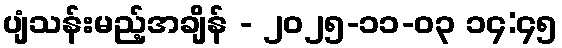
ပျံသန်းမည့်အချိန် - ၂၀၂၅-၁၁-၀၃ ၁၄:၄၅